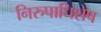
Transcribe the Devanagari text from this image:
निरुपाधिशेष